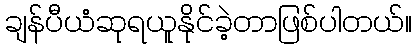
ချန်ပီယံဆုရယူနိုင်ခဲ့တာဖြစ်ပါတယ်။